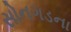
સોનગડના